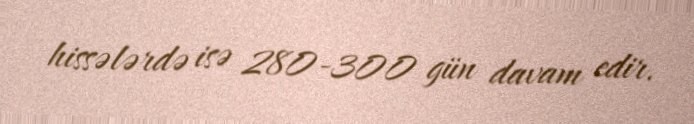
hissələrdə isə 280-300 gün davam edir.